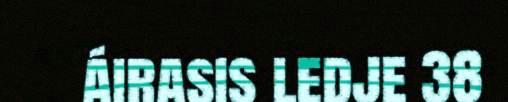
áirasis ledje 38